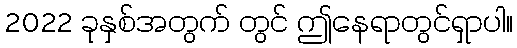
2022 ခုနှစ်အတွက် တွင် ဤနေရာတွင်ရှာပါ။